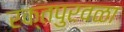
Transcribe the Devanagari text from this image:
रक्तपुरवळा